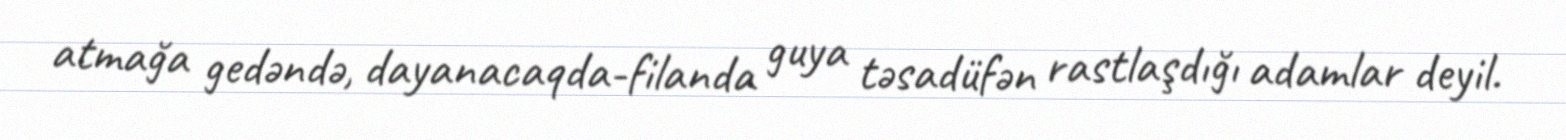
atmağa gedəndə, dayanacaqda-filanda guya təsadüfən rastlaşdığı adamlar deyil.